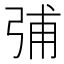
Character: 𰐗